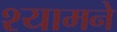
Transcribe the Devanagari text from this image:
श्यामने